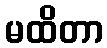
မထိတာ